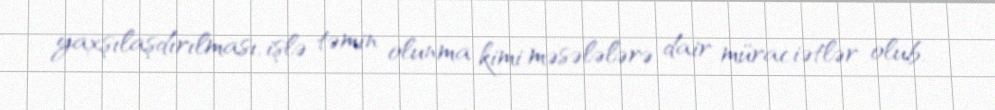
yaxşılaşdırılması, işlə təmin olunma kimi məsələlərə dair müraciətlər olub.